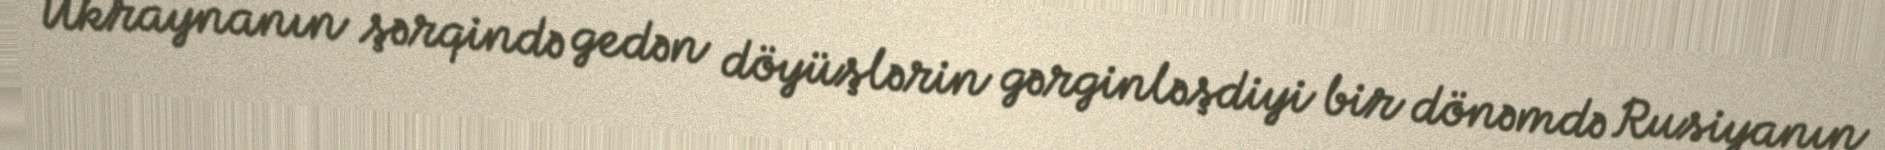
Ukraynanın şərqində gedən döyüşlərin gərginləşdiyi bir dönəmdə Rusiyanın